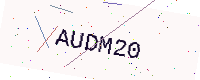
Text: AUDM20